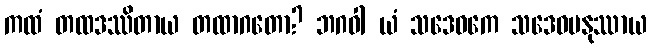
ကထံ တထဒဿိတာယ တထာဂတော? ဘဂဝါ ယံ သဒေဝကေ သဒေဝမနုဿာယ